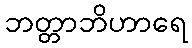
ဘတ္တာဘိဟာရေ